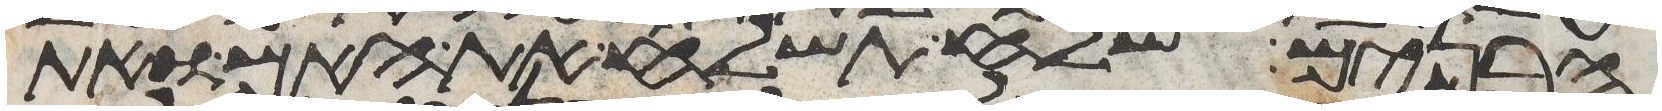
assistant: הבנים שלח תשלח את האם ואת